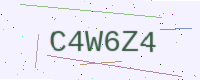
Text: C4W6Z4